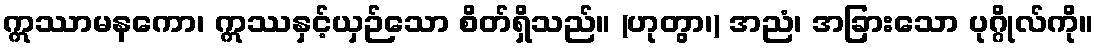
ဣဿာမနကော၊ ဣဿနှင့်ယှဉ်သော စိတ်ရှိသည်။ (ဟုတွာ၊) အညံ၊ အခြားသော ပုဂ္ဂိုလ်ကို။